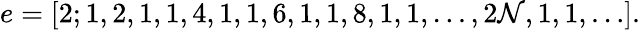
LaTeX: e=[2;1,2,1,1,4,1,1,6,1,1,8,1,1,\ldots,2\mathcal{N},1,1,\ldots].